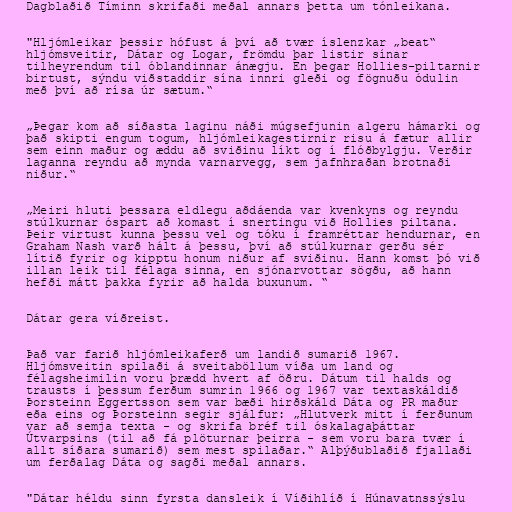
Dagblaðið Tíminn skrifaði meðal annars þetta um tónleikana.

"Hljómleikar þessir hófust á því að tvær íslenzkar „beat“
hljómsveitir, Dátar og Logar, frömdu þar listir sínar
tilheyrendum til óblandinnar ánægju. En þegar Hollies-piltarnir
birtust, sýndu viðstaddir sína innri gleði og fögnuðu ódulin
með því að rísa úr sætum.“

„Þegar kom að síðasta laginu náði múgsefjunin algeru hámarki og
það skipti engum togum, hljómleikagestirnir risu á fætur allir
sem einn maður og æddu að sviðinu líkt og í flóðbylgju. Verðir
laganna reyndu að mynda varnarvegg, sem jafnhraðan brotnaði
niður.“

„Meiri hluti þessara eldlegu aðdáenda var kvenkyns og reyndu
stúlkurnar óspart að komast í snertingu við Hollies piltana.
Þeir virtust kunna þessu vel og tóku í framréttar hendurnar, en
Graham Nash varð hált á þessu, því að stúlkurnar gerðu sér
lítið fyrir og kipptu honum niður af sviðinu. Hann komst þó við
illan leik til félaga sinna, en sjónarvottar sögðu, að hann
hefði mátt þakka fyrir að halda buxunum. “

Dátar gera víðreist.

Það var farið hljómleikaferð um landið sumarið 1967.
Hljómsveitin spilaði á sveitaböllum víða um land og
félagsheimilin voru þrædd hvert af öðru. Dátum til halds og
trausts í þessum ferðum sumrin 1966 og 1967 var textaskáldið
Þorsteinn Eggertsson sem var bæði hirðskáld Dáta og PR maður
eða eins og Þorsteinn segir sjálfur: „Hlutverk mitt í ferðunum
var að semja texta - og skrifa bréf til óskalagaþáttar
Útvarpsins (til að fá plöturnar þeirra - sem voru bara tvær í
allt síðara sumarið) sem mest spilaðar.“ Alþýðublaðið fjallaði
um ferðalag Dáta og sagði meðal annars.

"Dátar héldu sinn fyrsta dansleik í Víðihlíð í Húnavatnssýslu